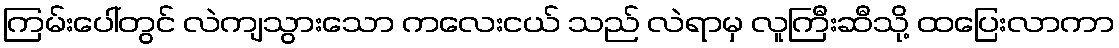
ကြမ်းပေါ်တွင် လဲကျသွားသော ကလေးငယ် သည် လဲရာမှ လူကြီးဆီသို့ ထပြေးလာကာ